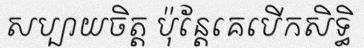
សប្បាយចិត្ត ប៉ុន្តែគេបើកសិទ្ធិ